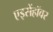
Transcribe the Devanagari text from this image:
एइसेंहॉवर